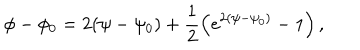
\phi - \phi _ { 0 } = 2 ( \psi - \psi _ { 0 } ) + \frac { 1 } { 2 } \left( e ^ { 2 ( \psi - \psi _ { 0 } ) } - 1 \right) ,